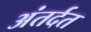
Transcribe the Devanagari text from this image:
अंतर्दत